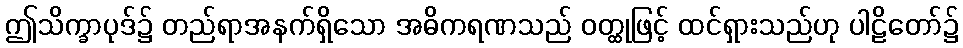
ဤသိက္ခာပုဒ်၌ တည်ရာအနက်ရှိသော အဓိကရဏသည် ဝတ္ထုဖြင့် ထင်ရှားသည်ဟု ပါဠိတော်၌